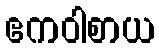
ဧကဝါစာယ